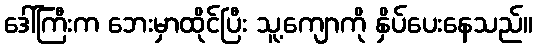
ဒေါ်ကြီးက ဘေးမှာထိုင်ပြီး သူ့ကျောကို နှိပ်ပေးနေသည်။